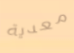
معدية